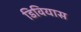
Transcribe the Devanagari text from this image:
डिवियास